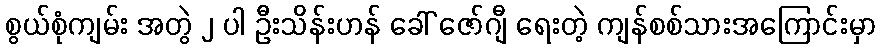
စွယ်စုံကျမ်း အတွဲ ၂ ပါ ဦးသိန်းဟန် ခေါ် ဇော်ဂျီ ရေးတဲ့ ကျန်စစ်သားအကြောင်းမှာ